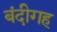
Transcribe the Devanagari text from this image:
बंदीगह